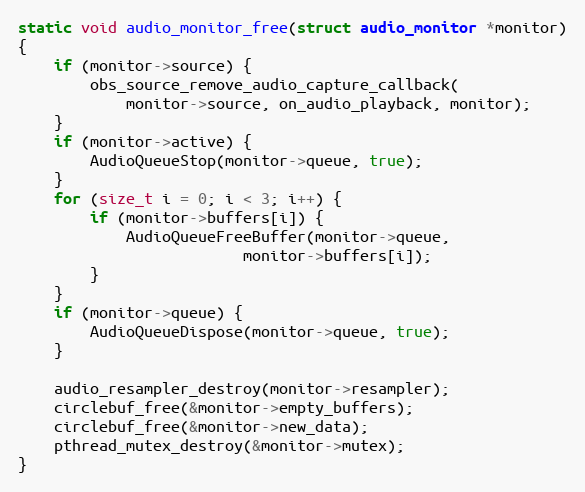
Language: C
static void audio_monitor_free(struct audio_monitor *monitor)
{
	if (monitor->source) {
		obs_source_remove_audio_capture_callback(
			monitor->source, on_audio_playback, monitor);
	}
	if (monitor->active) {
		AudioQueueStop(monitor->queue, true);
	}
	for (size_t i = 0; i < 3; i++) {
		if (monitor->buffers[i]) {
			AudioQueueFreeBuffer(monitor->queue,
					     monitor->buffers[i]);
		}
	}
	if (monitor->queue) {
		AudioQueueDispose(monitor->queue, true);
	}

	audio_resampler_destroy(monitor->resampler);
	circlebuf_free(&monitor->empty_buffers);
	circlebuf_free(&monitor->new_data);
	pthread_mutex_destroy(&monitor->mutex);
}